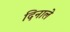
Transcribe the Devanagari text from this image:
दिनाले